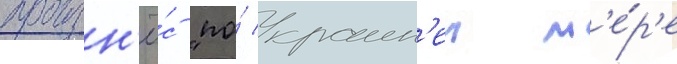
произн'ё́с "по́ краин'еи м'е́р'е